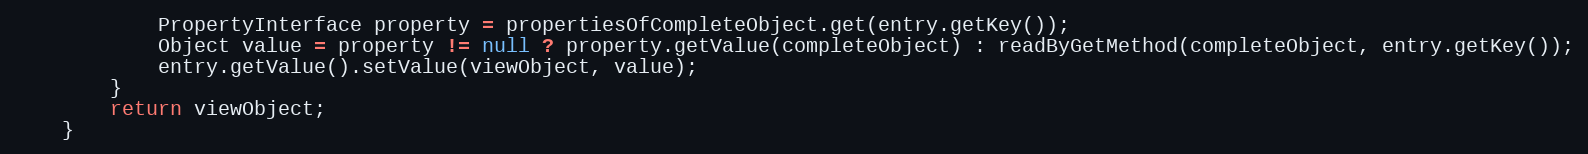
Language: Java
			PropertyInterface property = propertiesOfCompleteObject.get(entry.getKey());
			Object value = property != null ? property.getValue(completeObject) : readByGetMethod(completeObject, entry.getKey());
			entry.getValue().setValue(viewObject, value);
		}
		return viewObject;
	}